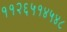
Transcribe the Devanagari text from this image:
११२६५१४५४८